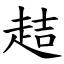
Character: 趌